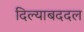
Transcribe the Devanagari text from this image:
दिल्याबददल